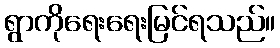
ရွာကိုရေးရေးမြင်ရသည်။